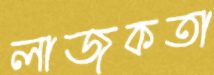
লাজুকতা